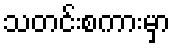
သတင်းစကားမှာ